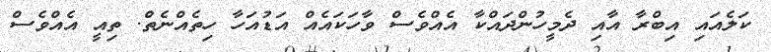
ކަލެއައި އިބްރާ އާއި ދެމީހުންދައްކާ އެއްވެސް ވާހަކައެއް އަޑުއަހާ ހިތެއްނެތް. ތިއީ އެއްވެސް